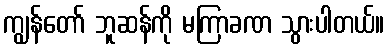
ကျွန်တော် ဘူဆန်ကို မကြာခဏ သွားပါတယ်။